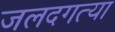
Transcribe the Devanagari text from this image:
जलदगत्या